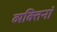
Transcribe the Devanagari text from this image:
व्यक्तिनां